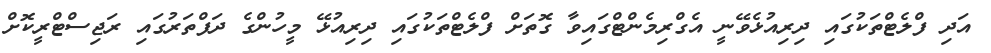
އަދި ފްލެޓްތަކުގައި ދިރިއުޅެވޭނީ އެގްރިމެންޓްގައިވާ ގޮތަށް ފްލެޓްތަކުގައި ދިރިއުޅޭ މީހުންގެ ދަފްތަރުގައި ރަޖިސްޓްރީކޮށް